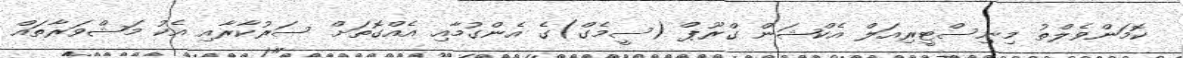
ކޮމަންވެލްތު މިނިސްޓީރިއަލް އެކްޝަން ގްރޫޕް (ސީމެގް)ގެ އެންގުމާއި އެއްގޮތަށް ސަރުކާރާއި އެކު މަޝްވަރާތައް